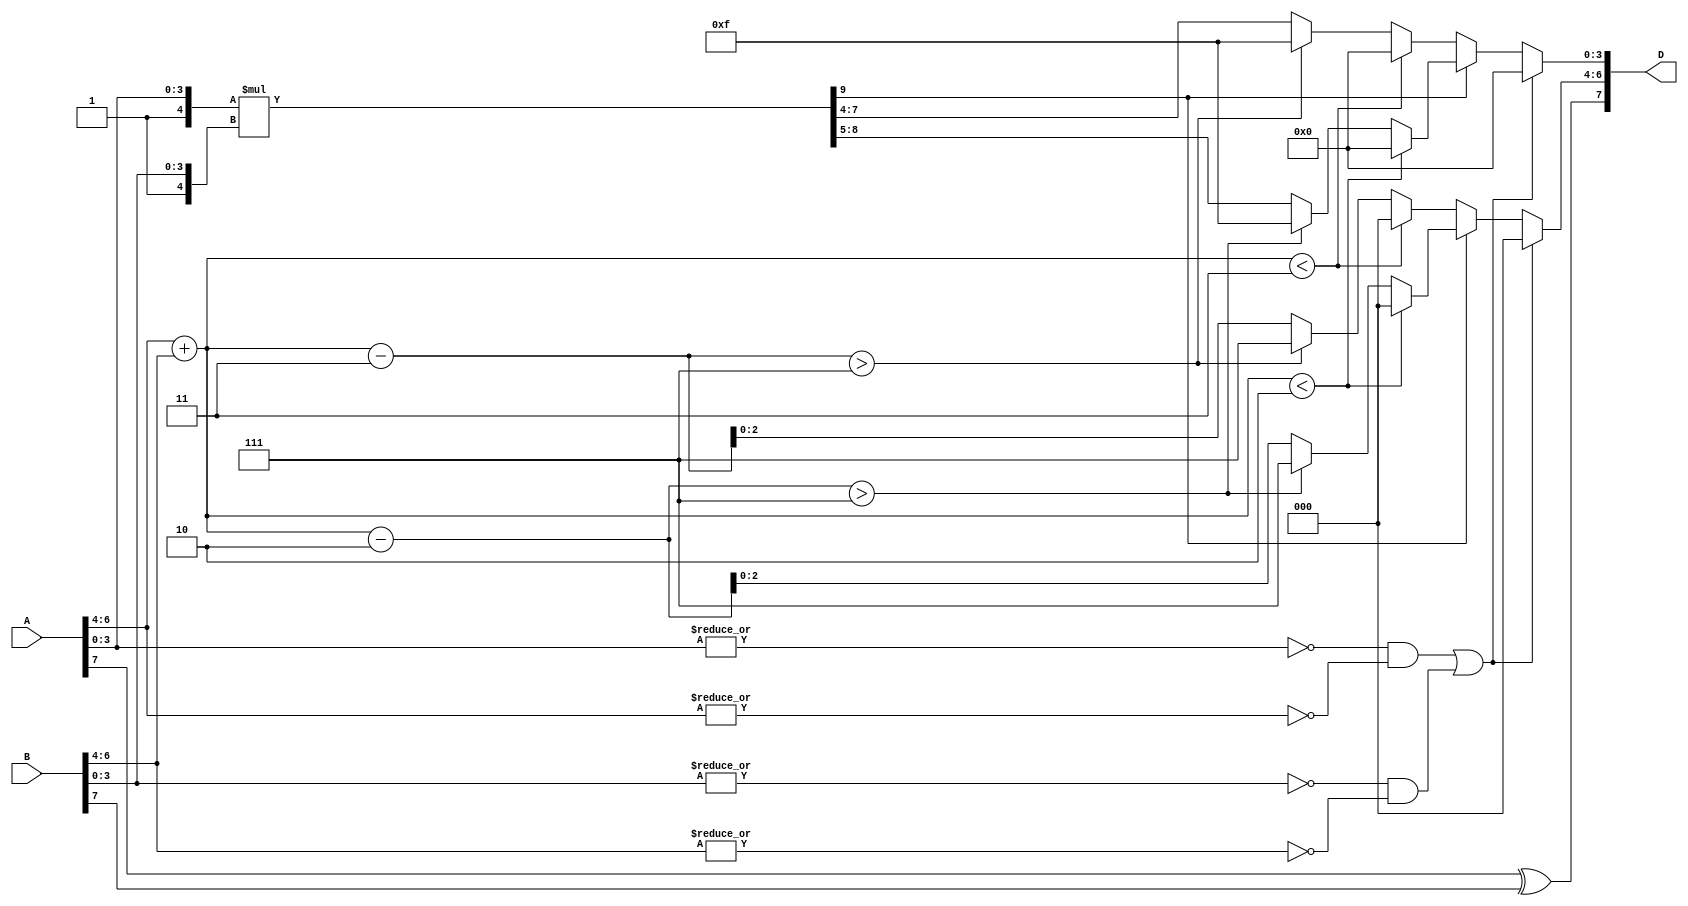
module mult_flt(input [7:0] A,
                input [7:0] B, 
                output [7:0] D);
            
wire [2:0] A_exp, B_exp; 
wire [3:0] A_frac, B_frac; 

assign {A_exp, A_frac} = A[6:0]; 
assign {B_exp, B_frac} = B[6:0]; 

wire [9:0] full_frac_prod; 
wire [3:0] sum_exp_prod;

assign full_frac_prod = {1'b1, A_frac} * {1'b1, B_frac}; 
assign sum_exp_prod = (A_exp + B_exp);

// Sign 
wire D_sign;
assign D_sign = A[7] ^ B[7]; 

wire isanyInpZero = isZero(A) || isZero(B); 

// Fraction_prod
reg [3:0] prod_frac;
reg [3:0] prod_exp;   
 
wire [8:0] full_frac_prod_normed; 
                     
assign full_frac_prod_normed = full_frac_prod[8:0];  

always @(*) begin 
    prod_exp = 'b0;
    prod_frac = 'b0;
     
    if (isanyInpZero) begin
        prod_exp = 'b0;
        prod_frac = 'b0; 
    end else begin 
        // check is frac overflow
        if (full_frac_prod[9] == 1'b1) begin 
            prod_frac = full_frac_prod[8:5];
            if (sum_exp_prod < 2'd2) begin
                // underflow 
                prod_frac = 'b0; 
                prod_exp = 'b0;
            end else if ((sum_exp_prod - 2'd2) > 3'd7) begin 
                //overflow 
                prod_frac = {4{1'b1}};
                prod_exp = 3'd7;
            end else begin
                prod_exp = (sum_exp_prod - 2'd2);
            end 
        end else begin
            prod_frac = full_frac_prod_normed[7:4];
            if (sum_exp_prod < 2'd3) begin
                // underflow 
                prod_frac = 'b0; 
                prod_exp = 'b0;
            end else if ((sum_exp_prod - 2'd3) > 3'd7) begin 
                //overflow 
                prod_frac = {4{1'b1}};
                prod_exp = 3'd7;
            end else begin
                prod_exp = (sum_exp_prod - 2'd3);
            end 
        end
    end 
end 

assign D = {D_sign, prod_exp[2:0], prod_frac}; 


`ifndef SYNTHESIS
 real Areal, Breal, Drefreal, Dreal;
 always @(*) begin
    Areal = getReal(A); 
    Breal = getReal(B); 
    Drefreal =  `max(`min(Areal*Breal, 31.0), -31.0); 
    Dreal = getReal(D);
 end
`endif

function isZero(input [7:0] flt_num); 
begin
     // both the exponent and the fraction are zero 
    isZero = (~|flt_num[3:0]) && (~|flt_num[6:4]);
end
endfunction

endmodule